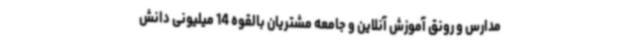
مدارس و رونق آموزش آنلاین و جامعه مشتریان بالقوه 14 میلیونی دانش‌